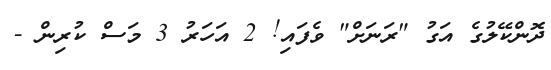
ދޮންކޭލުގެ އަގު "ރަނަށް" ވެފައި! 2 އަހަރު 3 މަސް ކުރިން -